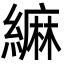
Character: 䌕